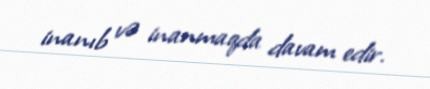
inanıb və inanmaqda davam edir.